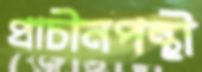
প্রাচীনপন্থী